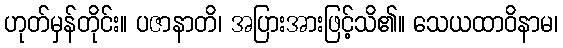
ဟုတ်မှန်တိုင်း။ ပဇာနာတိ၊ အပြားအားဖြင့်သိ၏။ သေယထာဝိနာမ၊